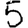
Digit: 5